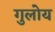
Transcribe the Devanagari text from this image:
गुलोय